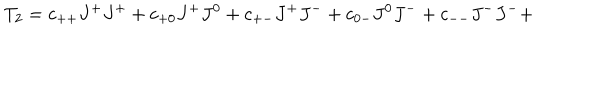
LaTeX: T _ { 2 } = c _ { + + } J ^ { + } J ^ { + } + c _ { + 0 } J ^ { + } J ^ { 0 } + c _ { + - } J ^ { + } J ^ { - } + c _ { 0 - } J ^ { 0 } J ^ { - } + c _ { -- } J ^ { - } J ^ { - } +